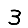
Digit: 3